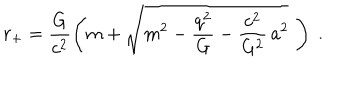
LaTeX: r _ { + } = \frac { G } { c ^ { 2 } } \left( m + \sqrt { m ^ { 2 } - \frac { q ^ { 2 } } { G } - \frac { c ^ { 2 } } { G ^ { 2 } } \, a ^ { 2 } } \, \, \right) \; .